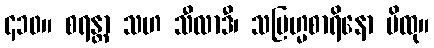
၄၁၀။ စရန္တာ သဟ သီလာဒီ၊ သဗြဟ္မစာရိနော မိထု။